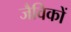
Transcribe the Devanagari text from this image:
जैविकों